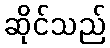
ဆိုင်သည်